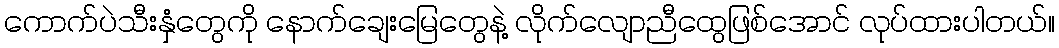
ကောက်ပဲသီးနှံတွေကို နောက်ချေးမြေတွေနဲ့ လိုက်လျောညီထွေဖြစ်အောင် လုပ်ထားပါတယ်။